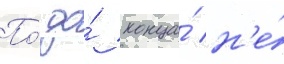
По́ до́ конца́ н'е́